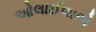
ઓલાઈલાએ